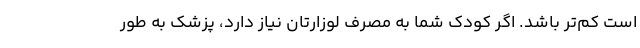
است کم‌تر باشد. اگر کودک شما به مصرف لوزارتان نیاز دارد، پزشک به طور